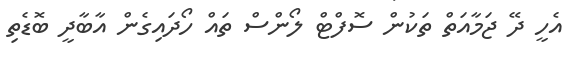
އެހީ ދޭ ޖަމާއަތް ތަކުން ސޮފްޓް ލޯންސް ތައް ހޯދައިގެން އާބާދީ ބޮޑެތި